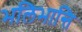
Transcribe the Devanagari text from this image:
भलिभान्ति